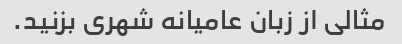
مثالی از زبان عامیانه شهری بزنید.